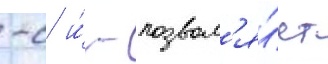
-с и́ - позвол'я́ет